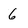
Character: 6